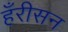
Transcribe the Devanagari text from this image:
हँरीसन